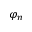
\varphi _ { n }